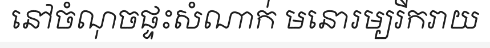
នៅចំណុចផ្ទះសំណាក់ មនោរម្យរីករាយ